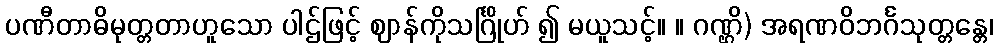
ပဏီတာဓိမုတ္တတာဟူသော ပါဌ်ဖြင့် ဈာန်ကိုသင်္ဂြိုဟ် ၍ မယူသင့်။ ။ ဂဏ္ဌိ) အရဏဝိဘင်္ဂသုတ္တန္တေ၊